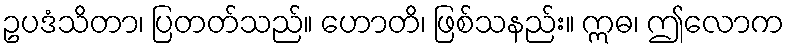
ဥပဒံသိတာ၊ ပြတတ်သည်။ ဟောတိ၊ ဖြစ်သနည်း။ ဣဓ၊ ဤလောက